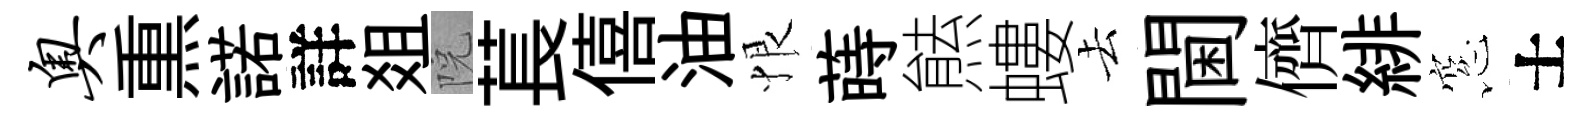
奥𤋱諾詳爼院萇僖油恨蒔㷱螻去閫儕緋窓士